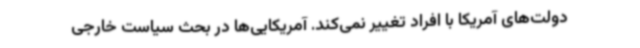
دولت‌های آمریکا با افراد تغییر نمی‌کند. آمریکایی‌ها در بحث سیاست خارجی